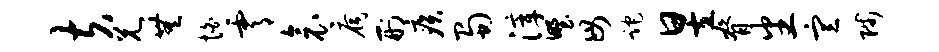
夫兄无怕霄衾扃刑疾蜀滓野毋跎昱脊番宣陟